Civil Veterinary Department. United Provinces 1912-22 - 1912-1922
Year: 1912
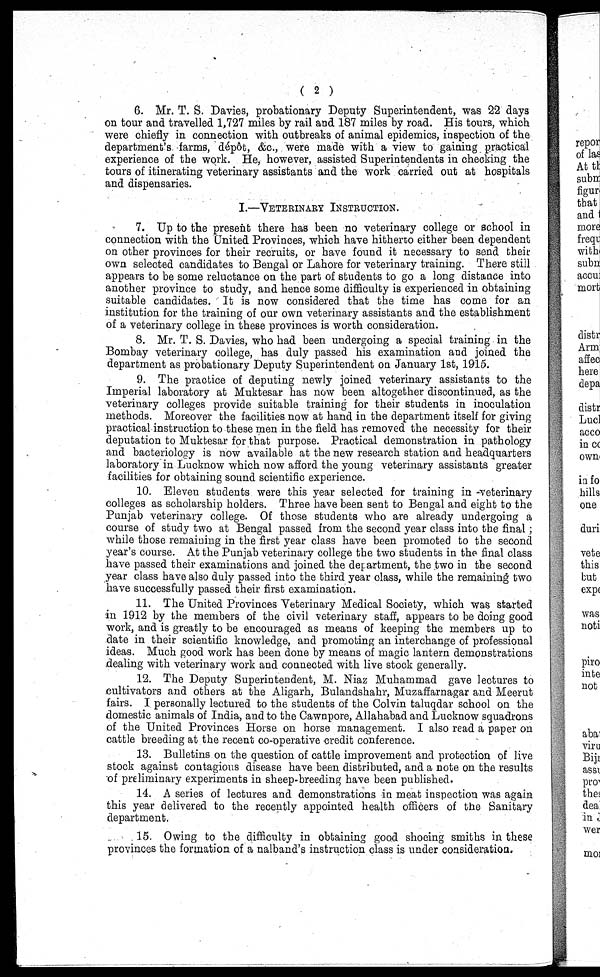
(2)
6. Mr. T. S. Davies, probationary Deputy Superintendent, was 22 days
on tour and travelled 1,727 miles by rail and 187 miles by road. His tours, which
were chiefly in connection with outbreaks of animal epidemics, inspection of the
department's farms, dépôt, &c., were made with a view to gaining practical
experience of the work. He, however, assisted Superintendents in checking the
tours of itinerating veterinary assistants and the work carried out at hospitals
and dispensaries.
I.—VETERINARY INSTRUCTIONS.
7. Up to the present there has been no veterinary college or school in
connection with the United Provinces, which have hitherto either been dependent
on other provinces for their recruits, or have found it necessary to send their
own selected candidates to Bengal or Lahore for veterinary training. There still
appears to be some reluctance on the part of students to go a long distance into
another province to study, and hence some difficulty is experienced in obtaining
suitable candidates. It is now considered that the time has come for an
institution for the training of our own veterinary assistants and the establishment
of a veterinary college in these provinces is worth consideration.
8. Mr. T. S. Davies, who had been undergoing a special training in the
Bombay veterinary college, has duly passed his examination and joined the
department as probationary Deputy Superintendent on January 1st, 1915.
9. The practice of deputing newly joined veterinary assistants to the
Imperial laboratory at Muktesar has now been altogether discontinued, as the
veterinary colleges provide suitable training for their students in inoculation
methods. Moreover the facilities now at hand in the department itself for giving
practical instruction to these men in the field has removed the necessity for their
deputation to Muktesar for that purpose. Practical demonstration in pathology
and bacteriology is now available at the new research station and headquarters
laboratory in Lucknow which now afford the young veterinary assistants greater
facilities for obtaining sound scientific experience.
10. Eleven students were this year selected for training in veterinary
colleges as scholarship holders. Three have been sent to Bengal and eight to the
Punjab veterinary college. Of those students who are already undergoing a
course of study two at Bengal passed from the second year class into the final;
while those remaining in the first year class have been promoted to the second
year's course. At the Punjab veterinary college the two students in the final class
have passed their examinations and joined the department, the two in the second
year class have also duly passed into the third year class, while the remaining two
have successfully passed their first examination.
11. The United Provinces Veterinary Medical Society, which was started
in 1912 by the members of the civil veterinary staff, appears to be doing good
work, and is greatly to be encouraged as means of keeping the members up to
date in their scientific knowledge, and promoting an interchange of professional
ideas. Much good work has been done by means of magic lantern demonstrations
dealing with veterinary work and connected with live stock generally.
12. The Deputy Superintendent, M. Niaz Muhammad gave lectures to
cultivators and others at the Aligarh, Bulandshahr, Muzaffarnagar and Meerut
fairs. I personally lectured to the students of the Colvin taluqdar school on the
domestic animals of India, and to the Cawnpore, Allahabad and Lucknow squadrons
of the United Provinces Horse on horse management. I also read a paper on
cattle breeding at the recent co-operative credit conference.
13. Bulletins on the question of cattle improvement and protection of live
stock against contagious disease have been distributed, and a note on the results
of preliminary experiments in sheep-breeding have been published.
14. A series of lectures and demonstrations in meat inspection was again
this year delivered to the recently appointed health officers of the Sanitary
department.
15. Owing to the difficulty in obtaining good shoeing smiths in these
provinces the formation of a nalband's instruction class is under consideration.